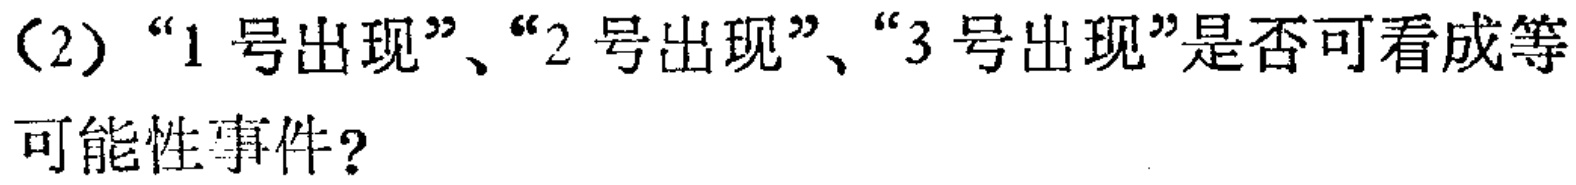
（2）“1号出现”、“2号出现”、“3号出现”是否可看成等可能性事件？